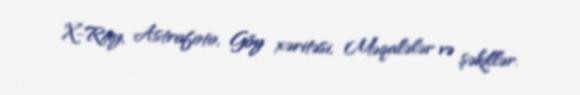
X-Ray, Astrofoto, Göy xəritəsi, Məqalələr və şəkillər.